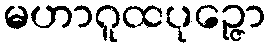
မဟာဂူထပုဉ္ဇော